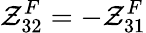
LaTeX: \mathcal{Z}_{32}^{F}=-\mathcal{Z}_{31}^{F}